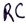
Text: RC